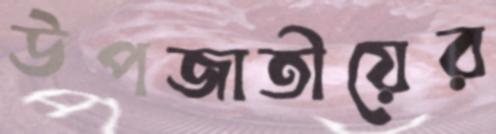
উপজাতীয়ের